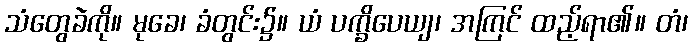
သံတွေခဲကို။ မုခေ၊ ခံတွင်း၌။ ယံ ပက္ခိပေယျ၊ အကြင် ထည့်ရာ၏။ တံ၊